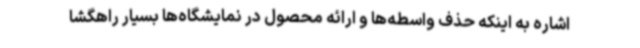
اشاره به اینکه حذف واسطه‌ها و ارائه محصول در نمایشگاه‌ها بسیار راهگشا